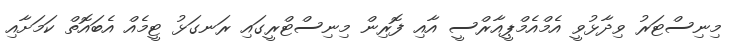
މިނިސްޓަރު ވިދާޅުވީ އެމްއެމްޕީއާރްސީ އާއި ފޮރިން މިނިސްޓްރީގައި ރަނގަޅު ޓީމެއް އެބައޮތް ކަމަށާއި